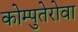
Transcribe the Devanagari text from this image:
कोम्पुतेरोवा